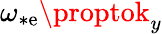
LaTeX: \omega_{*\mathrm{e}}\proptok_{y}